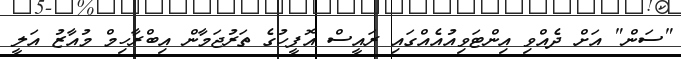
"ސަން" އަށް ދެއްވި އިންޓަވިއުއެއްގައި ރައީސް އޮފީހުގެ ތަރުޖަމާން އިބްރާހިމް މުއާޒު އަލީ